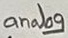
Text: analog